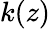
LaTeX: k(z)